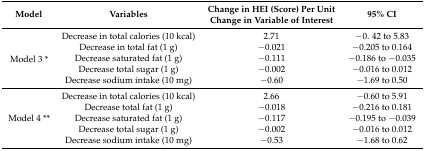
<table><thead><tr><td><b>Model</b></td><td><b>Variables</b></td><td><b>Change in HEI (Score) Per Unit Change in Variable of Interest</b></td><td><b>95% CI</b></td></tr></thead><tbody><tr><td rowspan="5">Model 3 *</td><td>Decrease in total calories (10 kcal)</td><td>2.71</td><td>−0. 42 to 5.83</td></tr><tr><td>Decrease in total fat (1 g)</td><td>−0.021</td><td>−0.205 to 0.164</td></tr><tr><td>Decrease saturated fat (1 g)</td><td>−0.111</td><td>−0.186 to −0.035</td></tr><tr><td>Decrease total sugar (1 g)</td><td>−0.002</td><td>−0.016 to 0.012</td></tr><tr><td>Decrease sodium intake (10 mg)</td><td>−0.60</td><td>−1.69 to 0.50</td></tr><tr><td rowspan="5">Model 4 **</td><td>Decrease in total calories (10 kcal)</td><td>2.66</td><td>−0.60 to 5.91</td></tr><tr><td>Decrease total fat (1 g)</td><td>−0.018</td><td>−0.216 to 0.181</td></tr><tr><td>Decrease saturated fat (1 g)</td><td>−0.117</td><td>−0.195 to −0.039</td></tr><tr><td>Decrease total sugar (1 g)</td><td>−0.002</td><td>−0.016 to 0.012</td></tr><tr><td>Decrease sodium intake (10 mg)</td><td>−0.53</td><td>−1.68 to 0.62</td></tr></tbody></table>